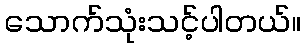
သောက်သုံးသင့်ပါတယ်။